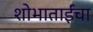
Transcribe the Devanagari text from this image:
शोभाताईंचा